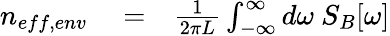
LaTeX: \begin{array}{rlr}{n_{eff,env}}&{{}=}&{\frac{1}{2\pi L}\int_{-\infty}^{\infty}d\omega\ S_{B}[\omega]}\end{array}